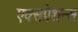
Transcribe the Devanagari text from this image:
एक्सप्रेशन्स